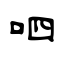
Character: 呬